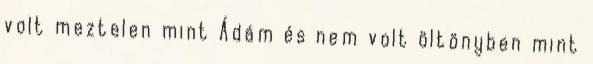
volt meztelen mint Ádám és nem volt öltönyben mint